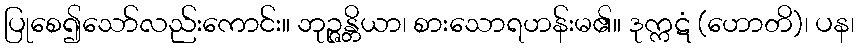
ပြုစေ၍သော်လည်းကောင်း။ ဘုဉ္ဇန္တိယာ၊ စားသောရဟန်းမ၏။ ဒုက္ကဋံ (ဟောတိ)၊ ပန၊